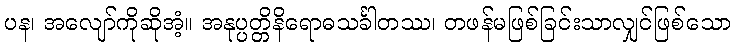
ပန၊ အလျော်ကိုဆိုအံ့။ အနုပ္ပတ္တိနိရောဓသင်္ခါတဿ၊ တဖန်မဖြစ်ခြင်းသာလျှင်ဖြစ်သော